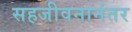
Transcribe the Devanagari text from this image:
सहजीवनानंतर